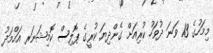
މިމަހުގެ 13 ވަނަ ދުވަހު ކުރިއަށް ގެންދިޔަ ކުރީގެ ޕޮލިސް ކޮމިޝަނަރ އަހްމަދު